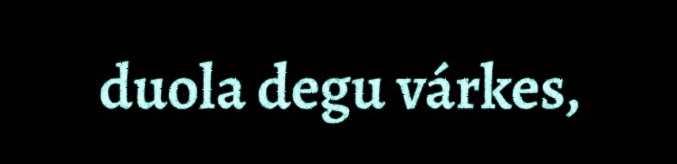
duola degu várkes,